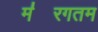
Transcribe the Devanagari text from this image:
म॑रगतम